Lunatic asylums Punjab 1895-1910 - 1895-1910
Year: 1895
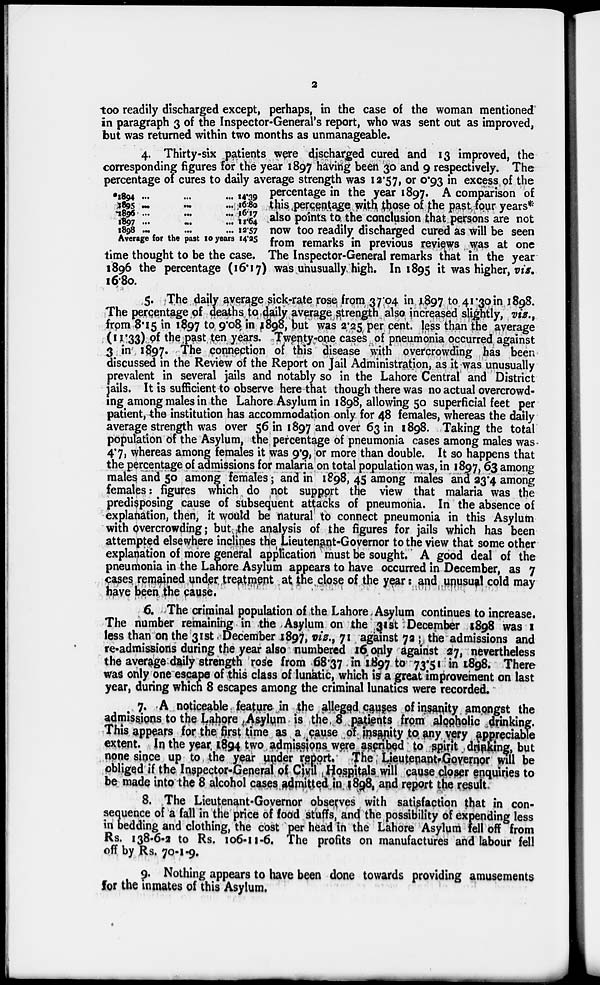
2
*1894 ... ... ...
1895
...
...
...
1896
...
...
...
1897
...
...
...
1898 ... ... ...
Average for the past 10 years
14.39
16.80
16.17
11.64
12.57
14.25
too readily discharged except, perhaps, in the case of the woman mentioned
in paragraph 3 of the Inspector-General's report, who was sent out as improved,
but was returned within two months as unmanageable.
4. Thirty-six patients were discharged cured and 13 improved, the
corresponding figures for the year 1897 having been 30 and 9 respectively. The
percentage of cures to daily average strength was 12.57, or 0.93 in excess of the
percentage in the year 1897. A comparison of
this percentage with those of the past four years*
also points to the conclusion that persons are not
now too readily discharged cured as will be seen
from remarks in previous reviews was at one
time thought to be the case. The Inspector-General remarks that in the year
1896 the percentage (16.17) was unusually high. In 1895 it was higher, vis.
16.80.
5. The daily average sick-rate rose from 37.04 in 1897 to 41.30 in 1898.
The percentage of deaths to daily average strength also increased slightly, viz.,
from 8.15 in 1897 to 9.08 in 1898, but was 2.25 per cent. less than the average
(11.33) of the past ten years. Twenty-one cases of pneumonia occurred against
3 in 1897. The connection of this disease with overcrowding has been
discussed in the Review of the Report on Jail Administration, as it was unusually
prevalent in several jails and notably so in the Lahore Central and District
jails. It is sufficient to observe here that though there was no actual overcrowd-
ing among males in the Lahore Asylum in 1898, allowing 50 superficial feet per
patient, the institution has accommodation only for 48 females, whereas the daily
average strength was over 56 in 1897 and over 63 in 1898. Taking the total
population of the Asylum, the percentage of pneumonia cases among males was
4.7, whereas among females it was 9.9, or more than double. It so happens that
the percentage of admissions for malaria on total population was, in 1897, 63 among
males and 50 among females; and in 1898, 45 among males and 23.4 among
females: figures which do not support the view that malaria was the
predisposing cause of subsequent attacks of pneumonia. In the absence of
explanation, then, it would be natural to connect pneumonia in this Asylum
with overcrowding; but the analysis of the figures for jails which has been
attempted elsewhere inclines the Lieutenant-Governor to the view that some other
explanation of more general application must be sought. A good deal of the
pneumonia in the Lahore Asylum appears to have occurred in December, as 7
cases remained under treatment at the close of the year: and unusual cold may
have been the cause.
6. The criminal population of the Lahore Asylum continues to increase.
The number remaining in the Asylum on the 31st December 1898 was 1
less than on the 31st December 1897, viz., 71 against 72 ; the admissions and
re-admissions during the year also numbered 16 only against 27, nevertheless
the average daily strength rose from 68.37 in 1897 to 73.51 in 1898. There
was only one escape of this class of lunatic, which is a great improvement on last
year, during which 8 escapes among the criminal lunatics were recorded.
7. A noticeable feature in the alleged causes of insanity amongst the
admissions to the Lahore Asylum is the 8 patients from alcoholic drinking.
This appears for the first time as a cause of insanity to any very appreciable
extent. In the year 1894 two admissions were ascribed to spirit drinking, but
none since up to the year under report. The Lieutenant-Governor will be
obliged if the Inspector-General of Civil Hospitals will cause closer enquiries to
be made into the 8 alcohol cases admitted in 1898, and report the result
8. The Lieutenant-Governor observes with satisfaction that in con-
sequence of a fall in the price of food stuffs, and the possibility of expending less
in bedding and clothing, the cost per head in the Lahore Asylum fell off from
Rs. 138-6-2 to Rs. 106-11-6. The profits on manufactures and labour fell
off by Rs. 70-1-9.
9. Nothing appears to have been done towards providing amusements
for the inmates of this Asylum.